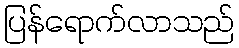
ပြန်ရောက်လာသည်